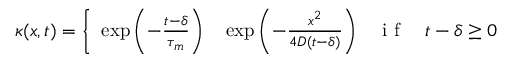
\kappa ( x , t ) = \left\{ \begin{array} { r l r } { \exp { \left( - \frac { t - \delta } { \tau _ { m } } \right) } } & { { } \exp { \left( - \frac { x ^ { 2 } } { 4 D ( t - \delta ) } \right) } } & { \mathrm { ~ i ~ f ~ } \quad t - \delta \geq 0 } \end{array} \right.